Leaving Certificate Examination (including Day School Certificate (Higher) General paper), 1928
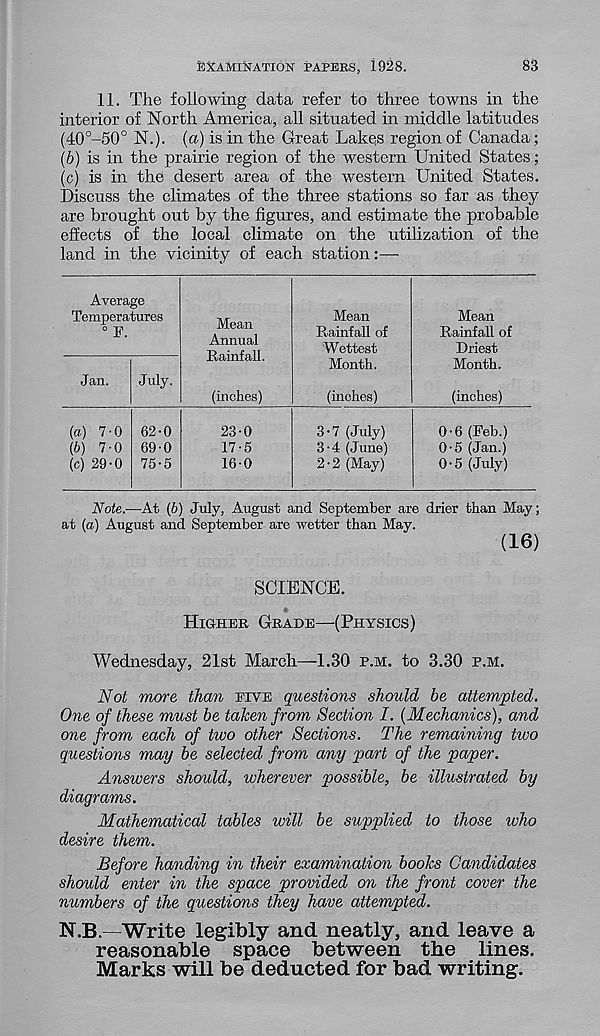
EXAMINATION PAPERS, 1928.
83
11. The following data refer to three towns in the
interior of North America, all situated in middle latitudes
(40 o -50° N.). (a) is in the Great Lakes region of Canada;
(b) is in the prairie region of the western United States;
(c) is in the desert area of the western United States.
Discuss the climates of the three stations so far as they
are brought out by the figures, and estimate the probable
effects of the local climate on the utilization of the
land in the vicinity of each station
Average
Temperatures
C Jj,_
Jan.
July.
Mean
Annual
Rainfall.
(inches)
Mean
Rainfall of
Wettest
Month.
(inches)
Mean
Rainfall of
Driest
Month.
(inches)
(а) 7-0
(б) 7-0
(c) 29-0
62-0
69-0
75-5
23-0
17-5
16-0
3-7 (July)
3-4 (June)
2-2 (May)
0-6 (Feb.)
0-5 (Jan.)
0-5 (July)
Note.—At (b) July, August and September are drier than May;
at (a) August and September are wetter than May.
(16)
SCIENCE.
Higher Grade—(Physics)
Wednesday, 21st March—1.30 p.m. to 3.30 p.M.
Not more than epve questions should be attempted.
One of these must be taken from Section I. {Mechanics), and
one from each of two other Sections. The remaining two
questions may be selected from any part of the paper.
Answers should, wherever possible, be illustrated by
diagrams.
Mathematical tables will be supplied to those who
desire them.
Before handing in their examination books Candidates
should enter in the space provided on the front cover the
numbers of the questions they have attempted.
N.B.—Write legibly and neatly, and leave a
reasonable space between the lines.
Marks will be deducted for bad writing.